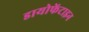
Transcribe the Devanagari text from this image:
डायोफेंटाइन